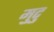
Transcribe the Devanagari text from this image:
मुटु